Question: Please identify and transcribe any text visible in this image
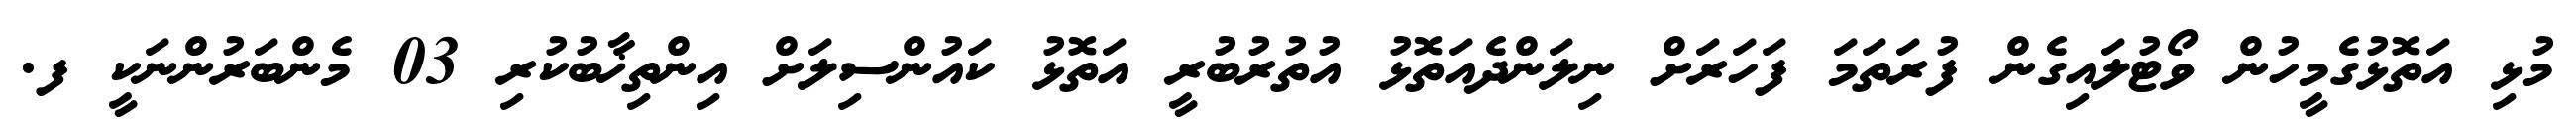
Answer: މުޅި އަތޮޅުގެމީހުން ވޯޓުލައިގެން ފުރަތަމަ ފަހަރަށް ނިލަންދެއަތޮޅު އުތުރުބުރީ އަތޮޅު ކައުންސިލަށް އިންތިޚާބުކުރި 03 މެންބަރުންނަކީ ފ.